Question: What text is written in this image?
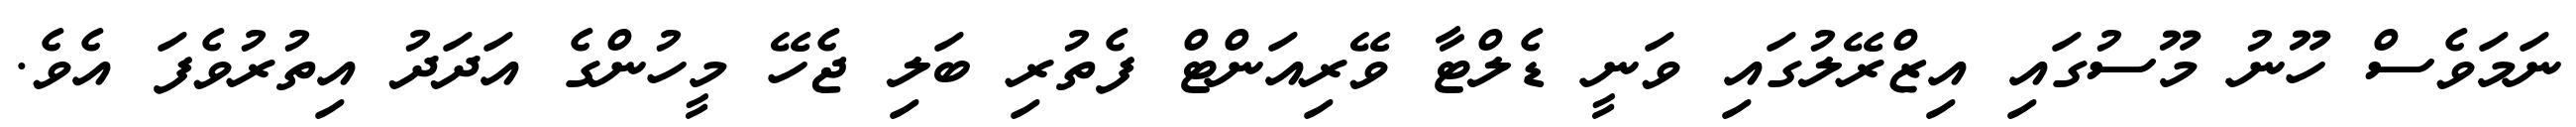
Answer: ނަމަވެސް ހޫނު މޫސުގައި އިޒްރޭލުގައި ވަނީ ޑެލްޓާ ވޭރިއަންޓް ފެތުރި ބަލި ޖެހޭ މީހުންގެ އަދަދު އިތުރުވެފަ އެވެ.